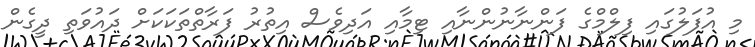
މި އުފަލުގައި ފިލްމްގެ ފަންނާނުންނާއި ޓިމާއި އަދިވެސް އިތުރު ފަރާތްތަކަކަށް ދައުވަތި ދީގެން